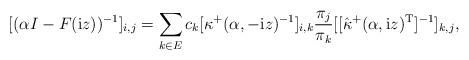
LaTeX: \begin{align*}[(\alpha I-F({\rm i}z))^{-1}]_{i,j} = \sum_{k\in E}c_k[\kappa^+(\alpha,-{\rm i}z)^{-1}]_{i,k}\frac{\pi_j}{\pi_k}[[\hat\kappa^+(\alpha,{\rm i}z)^{\rm T}]^{-1}]_{k,j},\end{align*}